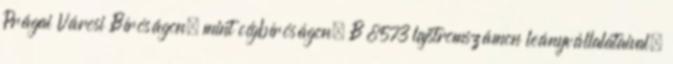
Prágai Városi Bíróságon, mint cégbíróságon, B 8573 lajstromszámon leányvállalataival,